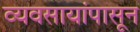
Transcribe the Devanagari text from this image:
व्यवसायांपासून